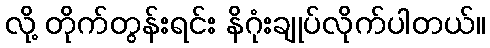
လို့ တိုက်တွန်းရင်း နိဂုံးချုပ်လိုက်ပါတယ်။